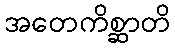
အတေကိစ္ဆာတိ